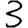
Digit: 3